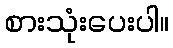
စားသုံးပေးပါ။